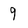
Character: 9